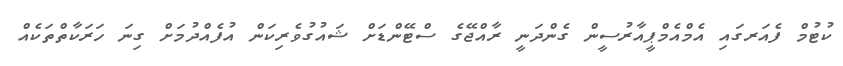
ކުޓުމް ފެއަރގައި އެމްއެމްޕީއާރުސީން ގެންދަނީ ރާއްޖޭގެ ސްޓޭންޑަށް ޝައުގުވެރިކަން އުފެއްދުމަށް ގިނަ ހަރަކާތްތަކެއް